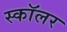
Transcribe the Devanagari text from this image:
स्काॅलर